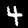
Label: 4